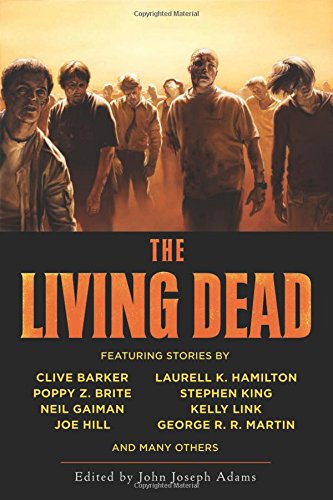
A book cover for The Living Dead; Comics & Graphic Novels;